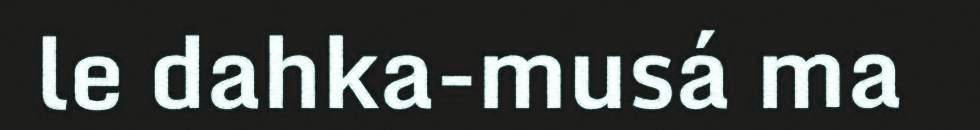
le dahka-musá ma